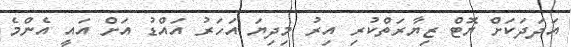
އަދަދަކަށް ޔޮޓް ޒިޔާރަތްކުރި އިރު މިދިޔަ އަހަރު އައްޑު އަށް އައީ އެންމެ